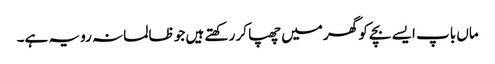
ماں باپ ایسے بچے کو گھر میں چھپا کر رکھتے ہیں جو ظالمانہ رویہ ہے۔